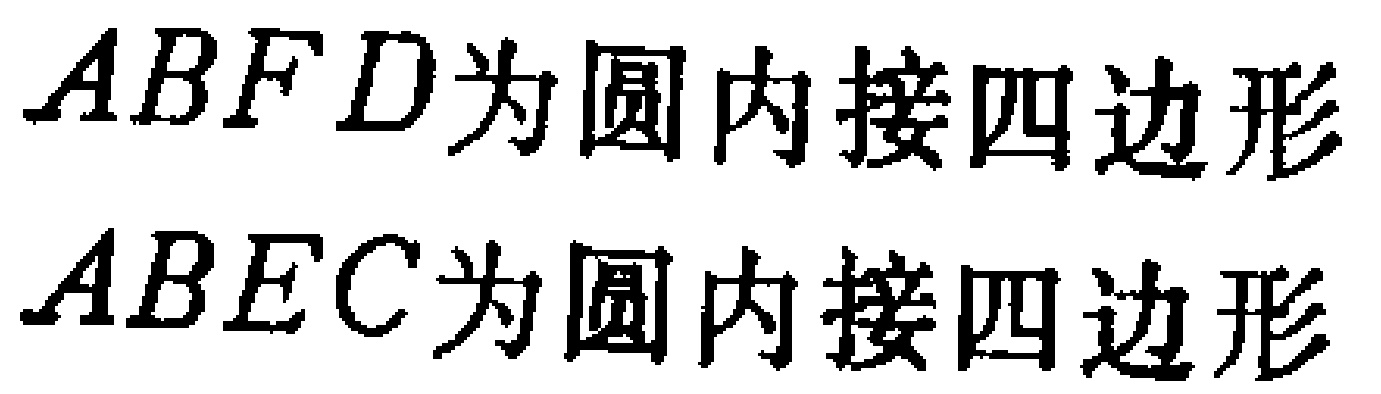
$ABFD\text{为圆内接四边形}$
$ABEC\text{为圆内接四边形}$